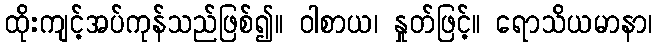
ထိုးကျင့်အပ်ကုန်သည်ဖြစ်၍။ ဝါစာယ၊ နှုတ်ဖြင့်။ ရောသိယမာနာ၊